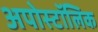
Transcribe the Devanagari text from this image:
अपोस्टॉलिक